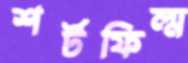
শর্টফিল্ম